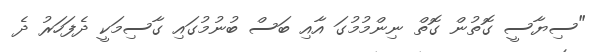
"ސިޔާސީ ގޮތުން ގޮތް ނިންމުމުގަ އާއި ބަސް ބުނުމުގައި ގާސިމަކީ ދެފަހަރު ދެ